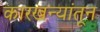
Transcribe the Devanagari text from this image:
कारखन्यांतून